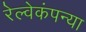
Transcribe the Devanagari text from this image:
रेल्वेकंपन्या